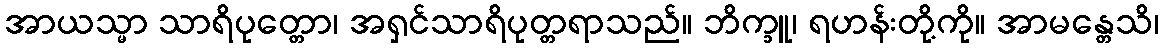
အာယသ္မာ သာရိပုတ္တော၊ အရှင်သာရိပုတ္တရာသည်။ ဘိက္ခူ၊ ရဟန်းတို့ကို။ အာမန္တေသိ၊